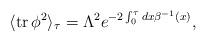
LaTeX: \begin{align*}\langle {\rm tr}\, \phi^2\rangle_\tau=\Lambda^2e^{-2\int_0^\tau {dx \beta^{-1}(x)}},\end{align*}